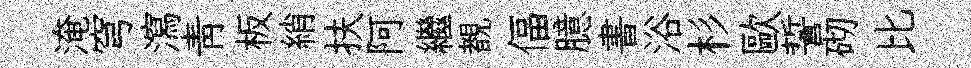
淹穹瀉靑板綃扶阿繼覩偪臆書浴杉歐誓砌比